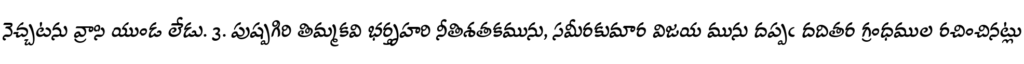
నెచ్చటను వ్రాసి యుండ లేడు. 3. పుష్పగిరి తిమ్మకవి భర్తృహరి నీతిశతకమును, సమీరకుమార విజయ మును దప్పఁ దదితర గ్రంధముల రచించినట్లు